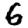
Digit: 6